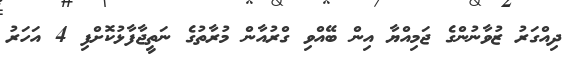
ދިއްގަރު ޒުވާނުންގެ ޖަމިއްޔާ އިން ބޭއްވި ގްރުއާން މުރާތުގެ ނަތީޖާފާޅުކޮށްފި 4 އަހަރު